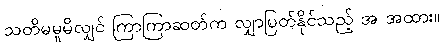
သတိမမူမိလျှင် ကြာကြာဆတ်က လျှာပြတ်နိုင်သည့် အ အထား။